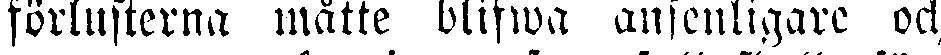
förlusterna måtte blifwa ansenligare och